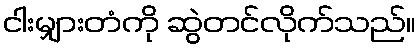
ငါးမျှားတံကို ဆွဲတင်လိုက်သည်။